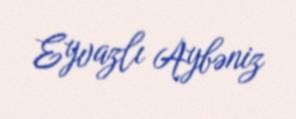
Eyvazlı Aybəniz